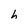
Character: h